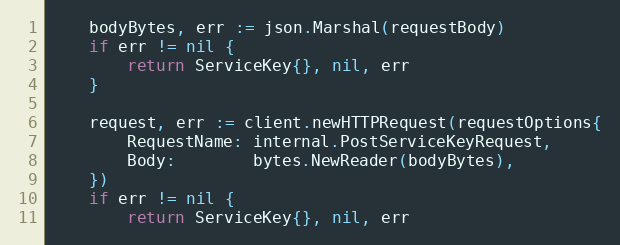
Language: Go
	bodyBytes, err := json.Marshal(requestBody)
	if err != nil {
		return ServiceKey{}, nil, err
	}

	request, err := client.newHTTPRequest(requestOptions{
		RequestName: internal.PostServiceKeyRequest,
		Body:        bytes.NewReader(bodyBytes),
	})
	if err != nil {
		return ServiceKey{}, nil, err